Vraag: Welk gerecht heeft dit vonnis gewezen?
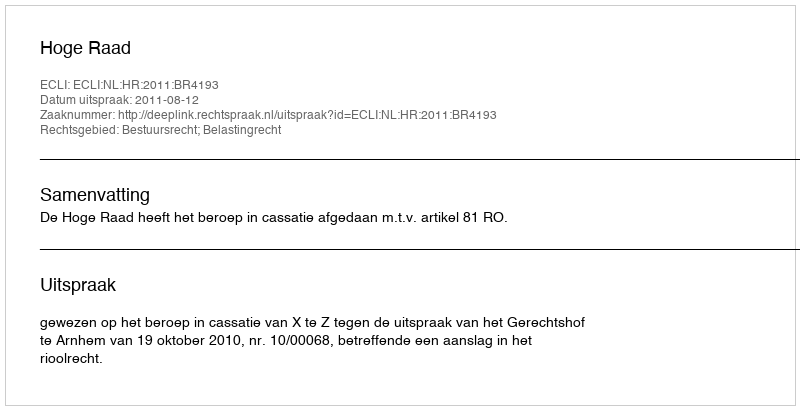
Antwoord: Hoge Raad